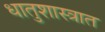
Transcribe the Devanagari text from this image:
धातुशास्त्रात